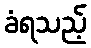
ခံရသည့်